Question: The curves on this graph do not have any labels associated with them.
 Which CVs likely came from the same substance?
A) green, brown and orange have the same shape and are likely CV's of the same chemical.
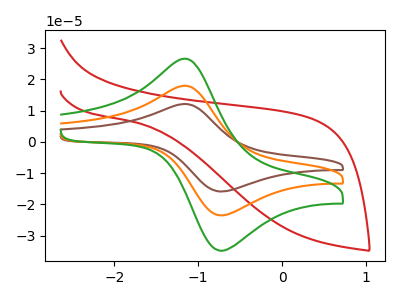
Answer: <think>The red curve "red" has no peaks. The brown curve "brown" has an anodic peak at (-1.15V, 36.00uA) and a cathodic peak at (-0.75V, -47.05uA). The orange curve "orange" has an anodic peak at (-1.15V, 18.00uA) and a cathodic peak at (-0.75V, -23.55uA). The green curve "green" has an anodic peak at (-1.15V, 26.65uA) and a cathodic peak at (-0.75V, -34.85uA).
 "red" and "brown" have a different number of peaks. "red" and "orange" have a different number of peaks. "red" and "green" have a different number of peaks. All the peaks in "brown" have a peak in "orange" at the same potential. Every peak in "brown" is higher than every peak in "orange". All the peaks in "brown" have a peak in "green" at the same potential. Every peak in "brown" is higher than every peak in "green". All the peaks in "orange" have a peak in "green" at the same potential. Every peak in "orange" is lower than every peak in "green".</think>
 <answer>A) "green", "brown" and "orange" have the same shape and are likely CV's of the same chemical.</answer>
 <eval>A</eval>